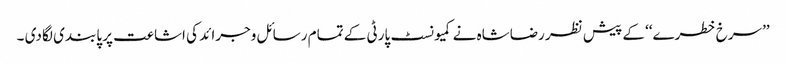
’’سرخ خطرے‘‘ کے پیش نظر رضاشاہ نے کمیونسٹ پارٹی کے تمام رسائل وجرائد کی اشاعت پر پابندی لگا دی ۔